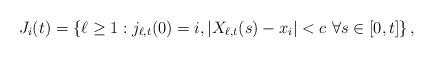
LaTeX: \begin{align*}J_i(t) = \{\ell \ge 1: j_{\ell,t}(0)=i, |X_{\ell,t}(s)-x_i|<c~ \forall s \in [0,t]\}\, ,\end{align*}